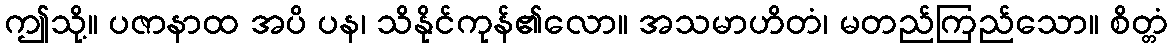
ဤသို့။ ပဇာနာထ အပိ ပန၊ သိနိုင်ကုန်၏လော။ အသမာဟိတံ၊ မတည်ကြည်သော။ စိတ္တံ